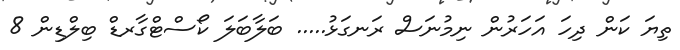
ތިޔަ ކަން ދިހަ އަހަރުން ނިމުނަސް ރަނގަޅު..... ބަލާބަލަ ކޯސްޓްގާރޑް ބިލްޑިން 8